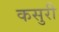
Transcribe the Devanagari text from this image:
कसुरी